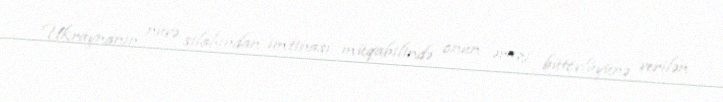
Ukraynanın nüvə silahından imtinası müqabilində onun ərazi bütövlüyünə verilən